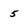
Character: 5